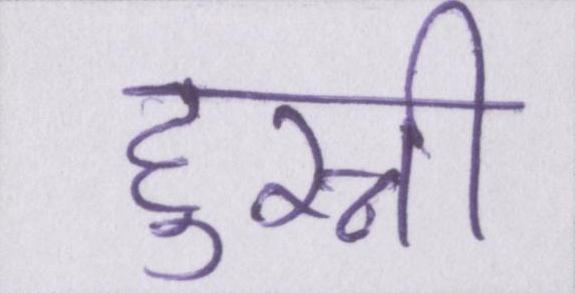
हुस्नी